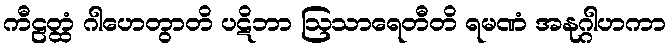
ကီဠတ္ထံ ဂါဟေတွာတိ ပဋိဘာ ဩသာရေတီတိ ရမဏံ အနုဂ္ဂါဟကာ